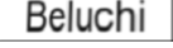
Beluchi